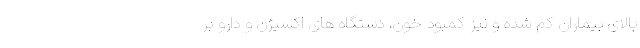
بالای بیماران کم شده و نیز کمبود خون، دستگاه های اکسیژن و دارو بر